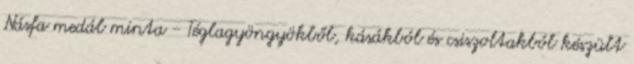
Násfa medál minta - Téglagyöngyökből, kásákból és csiszoltakból készült